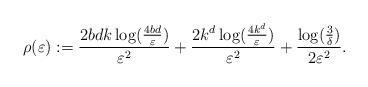
LaTeX: \begin{align*} \rho(\varepsilon) := \frac{2bdk\log( \frac{4bd}{\varepsilon})}{\varepsilon^2}+\frac{2k^d\log( \frac{4k^d}{\varepsilon})}{\varepsilon^2}+\frac{\log(\frac{3}{\delta})}{2\varepsilon^2}. \end{align*}